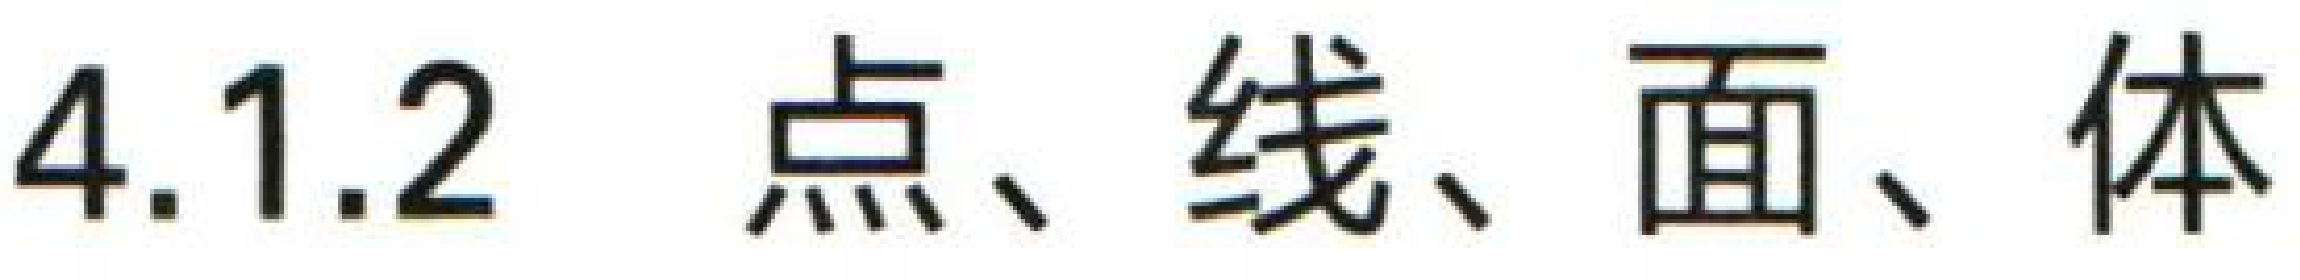
4.1.2 点、线、面、体